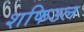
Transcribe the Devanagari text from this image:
शफिउल